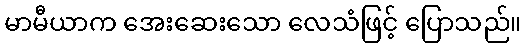
မာမီယာက အေးဆေးသော လေသံဖြင့် ပြောသည်။